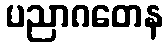
ပညာဂတေန